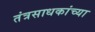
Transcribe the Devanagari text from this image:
तंत्रसाधकांच्या